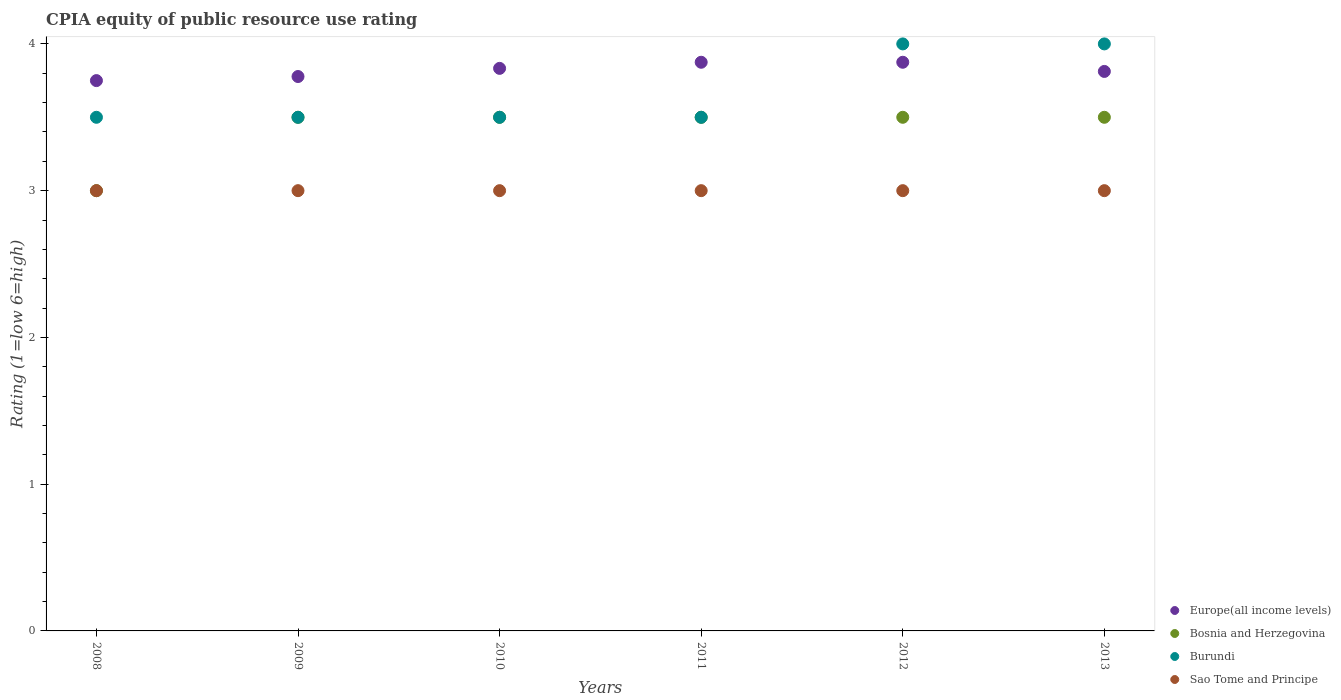
| Years | Europe(all income levels) | Bosnia and Herzegovina | Burundi | Sao Tome and Principe |
 | --- | --- | --- | --- | --- |
 | 2008 | 3.75 | 3 | 3.5 | 3 |
 | 2009 | 3.78 | 3.5 | 3.5 | 3 |
 | 2010 | 3.83 | 3.5 | 3.5 | 3 |
 | 2011 | 3.88 | 3.5 | 3.5 | 3 |
 | 2012 | 3.88 | 3.5 | 4 | 3 |
 | 2013 | 3.81 | 3.5 | 4 | 3 |